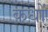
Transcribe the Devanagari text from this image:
कधों